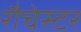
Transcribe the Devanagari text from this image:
रौचेस्टर